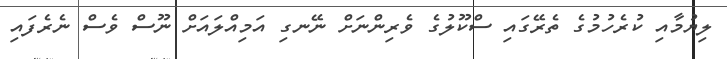
ލިޔުމާއި ކުރެހުމުގެ ތެރޭގައި ސްކޫލުގެ ވެރިންނަށް ނޭނގި އަމިއްލައަށް ނޫސް ވެސް ނެރެފައި